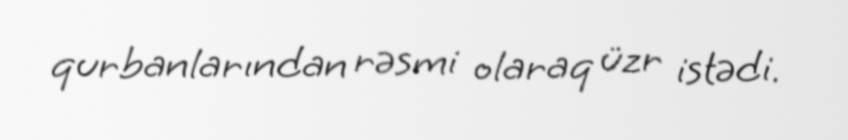
qurbanlarından rəsmi olaraq üzr istədi.